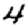
Digit: 4